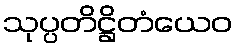
သုပ္ပတိဋ္ဌိတံယေဝ